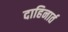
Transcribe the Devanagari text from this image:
दाहिनार्त